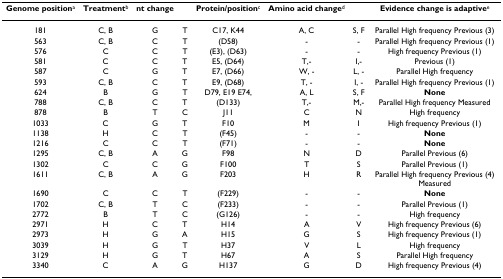
| Genome positiona | Treatmentb | nt change |  | Protein/positionc | Amino acid changed |  | Evidence change is adaptivee |
 | --- | --- | --- | --- | --- | --- | --- | --- |
 | 181 | C, B | G | T | C17, K44 | A, C | S, F | Parallel High frequency Previous (3) |
 | 563 | C, B | C | T | (D58) | - | - | Parallel High frequency Previous (1) |
 | 576 | C | C | T | (E3), (D63) | - | - | High frequency Previous (1) |
 | 581 | C | C | T | E5, (D64) | T,- | I,- | Previous (1) |
 | 587 | C | G | T | E7, (D66) | W, - | L, - | Parallel High frequency |
 | 593 | C, B | C | T | E9, (D68) | T, - | I, - | Parallel High frequency Previous (1) |
 | 624 | B | G | T | D79, E19 E74, | A, L | S, F | None |
 | 788 | C, B | C | T | (D133) | T,- | M,- | Parallel High frequency Measured |
 | 878 | B | T | C | J11 | C | N | High frequency |
 | 1033 | C | G | T | F10 | M | I | High frequency Previous (1) |
 | 1138 | H | C | T | (F45) | - | - | None |
 | 1216 | C | C | T | (F71) | - | - | None |
 | 1295 | C, B | A | G | F98 | N | D | Parallel Previous (6) |
 | 1302 | C | C | G | F100 | T | S | Parallel Previous (1) |
 | 1611 | C, B | A | G | F203 | H | R | Parallel High frequency Previous (4) Measured |
 | 1690 | C | C | T | (F229) | - | - | None |
 | 1702 | C, B | T | C | (F233) | - | - | Parallel Previous (1) |
 | 2772 | B | T | C | (G126) | - | - | High frequency |
 | 2971 | H | C | T | H14 | A | V | High frequency Previous (6) |
 | 2973 | H | G | A | H15 | G | S | High frequency Previous (1) |
 | 3039 | H | G | T | H37 | V | L | High frequency |
 | 3129 | H | G | T | H67 | A | S | Parallel High frequency |
 | 3340 | C | A | G | H137 | G | D | High frequency Previous (4) |